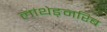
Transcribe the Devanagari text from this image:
लांथेङ्नरिब